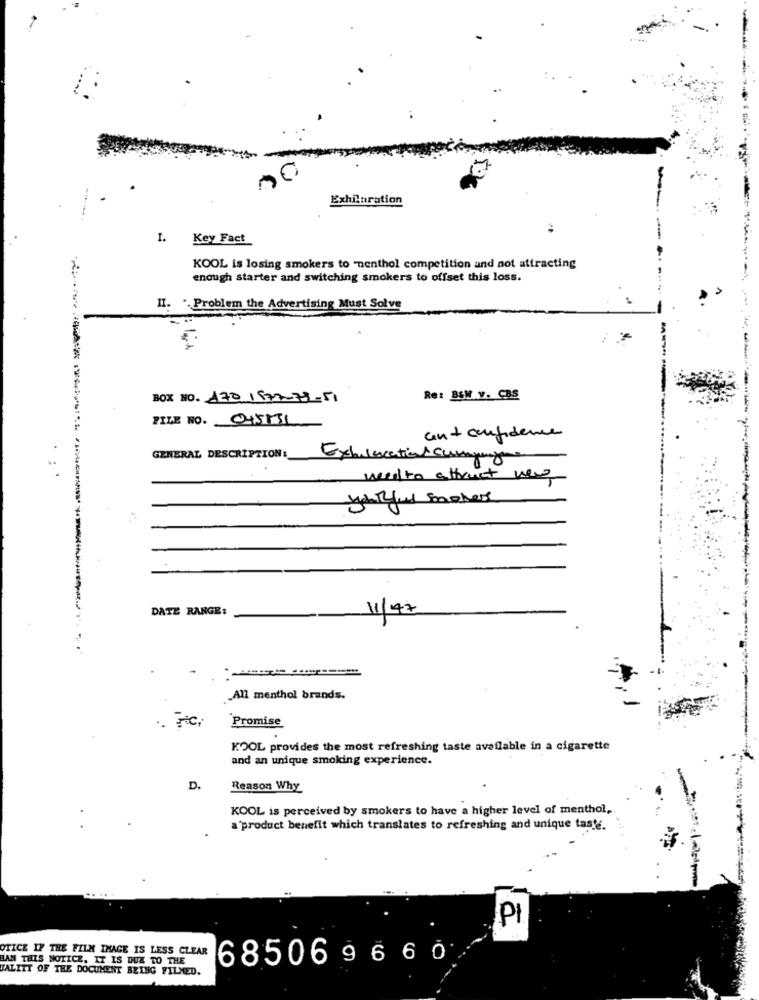
Exhilaration
--
I. Key Fact
KOOL is losing smokers to "nenthol competition and not attracting
enough starter and switching smokers to offset this loss.
II. .. Problem the Advertising Must Solve
BOX NO. 1701877-73-51
Re: BEW v. CBS
FILE NO. 045131
an + confidence
GENERAL DESCRIPTION :_
Explications currying
needto attract ne
yerful mener
DATE RANGE:
11/47
All menthol brands.
Promise
KOOL provides the most refreshing taste available in a cigarette
and an unique smoking experience.
D.
Reason Why
KOOL is perceived by smokers to have a higher level of menthol,
a'product benefit which translates to refreshing and unique taste.
.. ...
PI
OTICE IN THE FILM THAGE IS LESS CLEAR 68506 9 6 6 0
BAN THIS NOTICE. IT IS DUE TO THE
JALITT OF THE DOCUMENT BEING FILMED.